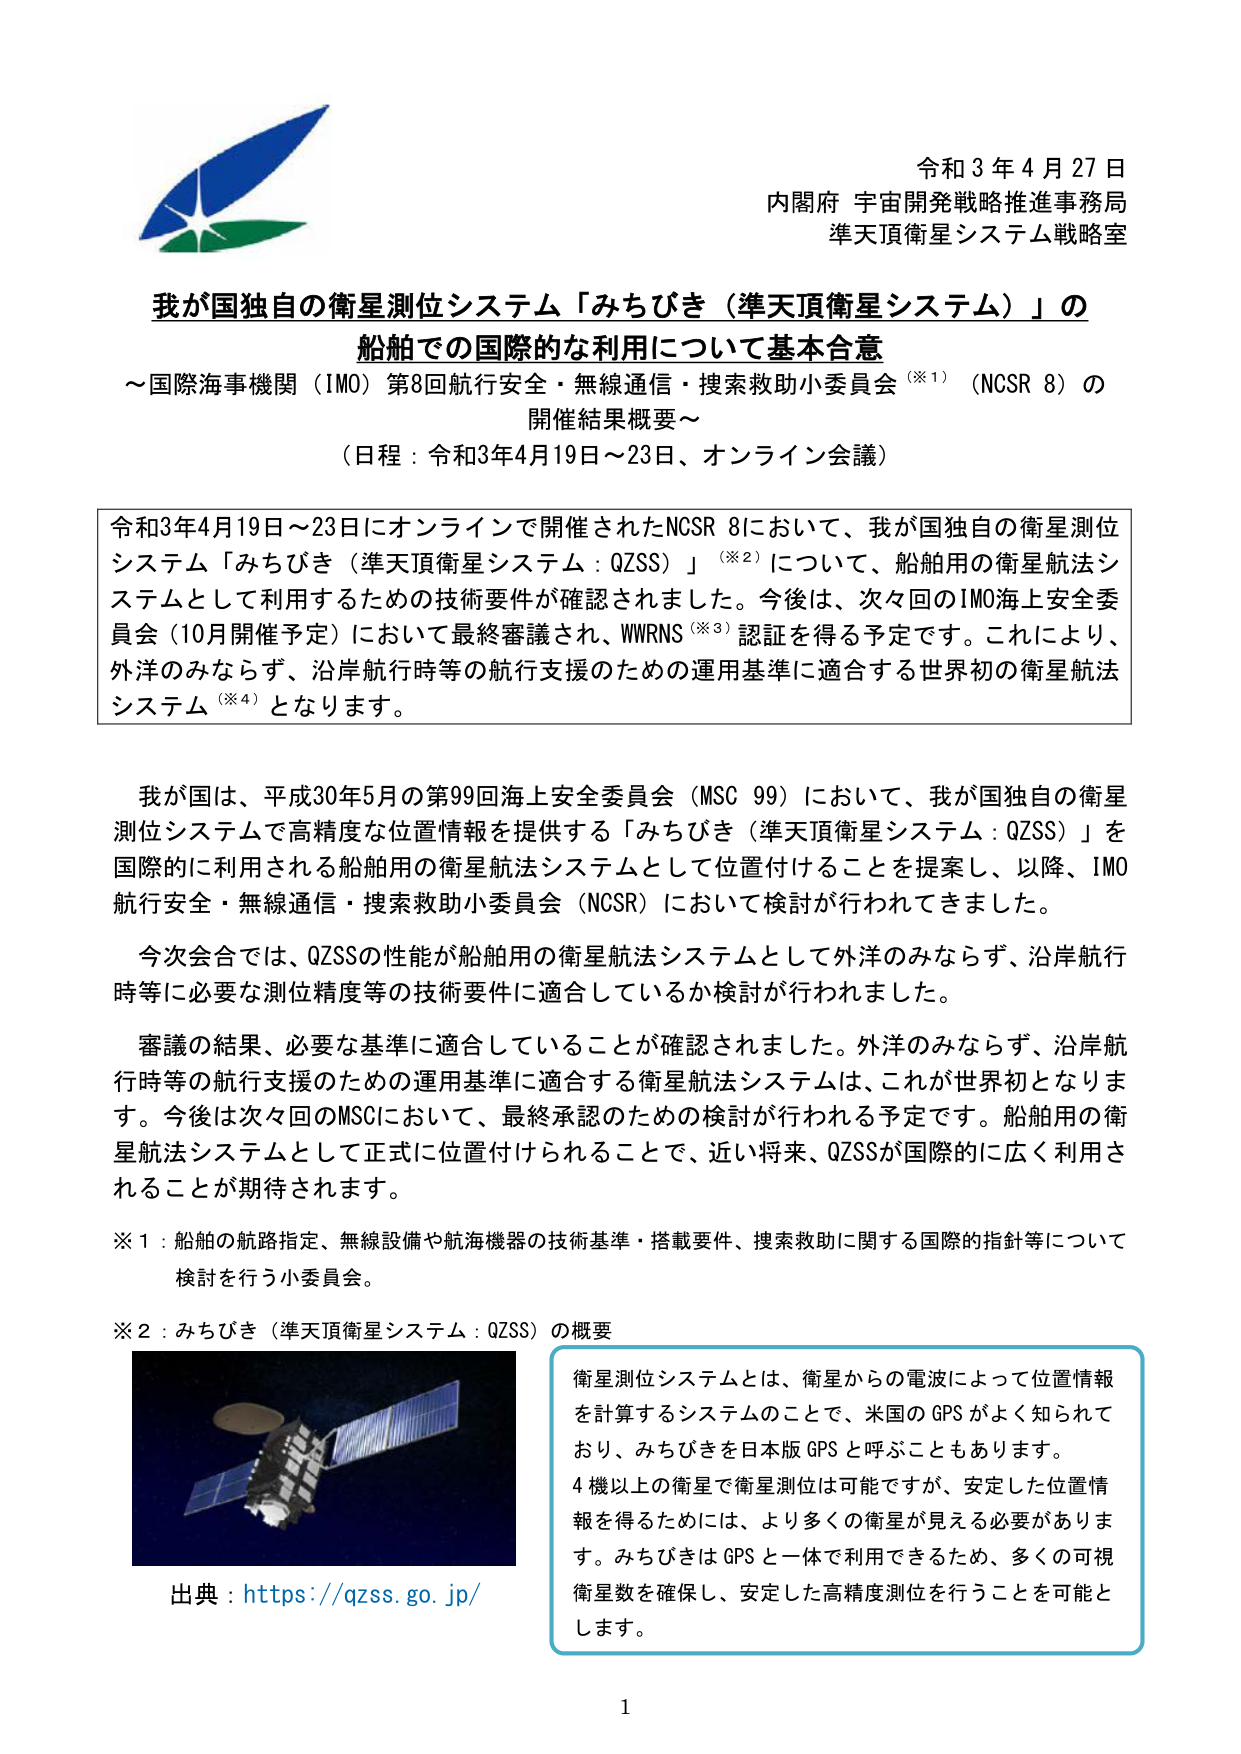
令和３年４月27日
内閣府 宇宙開発戦略推進事務局
準天頂衛星システム戦略室

我が国独自の衛星測位システム「みちびき（準天頂衛星システム）」の
船舶での国際的な利用について基本合意
～国際海事機関（IMO）第8回航行安全・無線通信・捜索救助小委員会（※1）（NCSR 8）の
開催結果概要～
（日程：令和3年4月19日～23日、オンライン会議）

令和3年4月19日～23日にオンラインで開催されたNCSR 8において、我が国独自の衛星測位システム「みちびき（準天頂衛星システム：QZSS）」（※2）について、船舶用の衛星航法システムとして利用するための技術要件が確認されました。今後は、次回のIMO海上安全委員会（10月開催予定）において最終審議され、WWRNS（※3）認証を得る予定です。これにより、外洋のみならず、沿岸航行時等の航行支援のための運用基準に適合する世界初の衛星航法システム（※4）となります。

我が国は、平成30年5月の第99回海上安全委員会（MSC 99）において、我が国独自の衛星測位システムで高精度な位置情報を提供する「みちびき（準天頂衛星システム：QZSS）」を国際的に利用される船舶用の衛星航法システムとして位置付けることを提案し、以降、IMO航行安全・無線通信・捜索救助小委員会（NCSR）において検討が行われてきました。

今次会合では、QZSSの性能が船舶用の衛星航法システムとして外洋のみならず、沿岸航行時等に必要な測位精度等の技術要件に適合しているか検討が行われました。

審議の結果、必要な基準に適合していることが確認されました。外洋のみならず、沿岸航行時等の航行支援のための運用基準に適合する衛星航法システムは、これが世界初となります。今後は次々回のMSCにおいて、最終承認のための検討が行われる予定です。船舶用の衛星航法システムとして正式に位置付けられることで、近い将来、QZSSが国際的に広く利用されることが期待されます。

※1：船舶の航路指定、無線設備や航海機器の技術基準・搭載要件、捜索救助に関する国際的指針等について検討を行う小委員会。

※2：みちびき（準天頂衛星システム：QZSS）の概要
衛星測位システムとは、衛星からの電波によって位置情報を計算するシステムのことで、米国のGPSがよく知られており、みちびきを日本版GPSと呼ぶこともあります。
4機以上の衛星で衛星測位は可能ですが、安定した位置情報を得るためには、より多くの衛星が見える必要があります。みちびきはGPSと一体で利用できるため、多くの可視衛星数を確保し、安定した高精度測位を行うことを可能とします。

出典：https://qzss.go.jp/

1